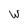
Character: W